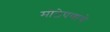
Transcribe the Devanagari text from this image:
मोठेपणाचे